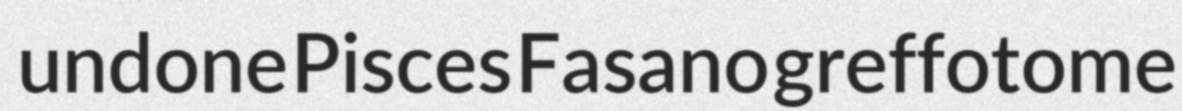
undone Pisces Fasano greffotome